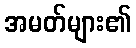
အမတ်များ၏